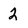
Character: 2